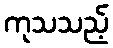
ကုသသည့်